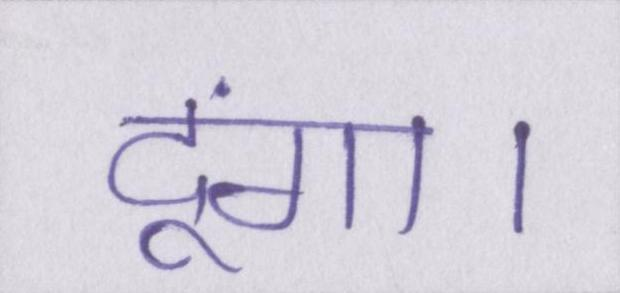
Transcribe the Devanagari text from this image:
दूंगा।